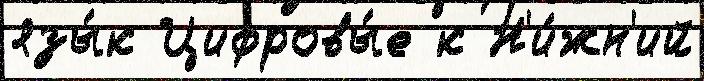
язы́к Цифровы́е к Н'и́жн'ий